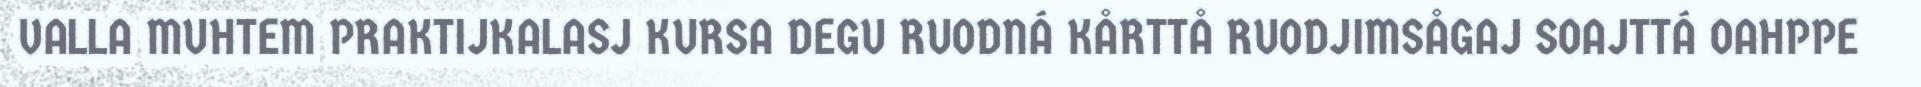
VALLA MUHTEM PRAKTIJKALASJ KURSA DEGU RUODNÁ KÅRTTÅ RUODJIMSÅGAJ SOAJTTÁ OAHPPE